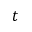
t